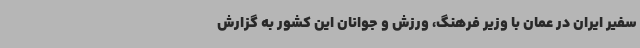
سفیر ایران در عمان با وزیر فرهنگ، ورزش و جوانان این کشور به گزارش